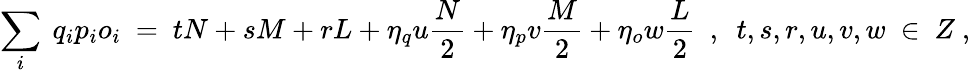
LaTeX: \sum_{i}\ q_{i}p_{i}o_{i}\ =\ tN+sM+rL+\eta_{q}u\frac{N}{2}+\eta_{p}v\frac{M}{2}+\eta_{o}w\frac{L}{2}\ \ ,\ \ t,s,r,u,v,w\ \in\ Z\ ,